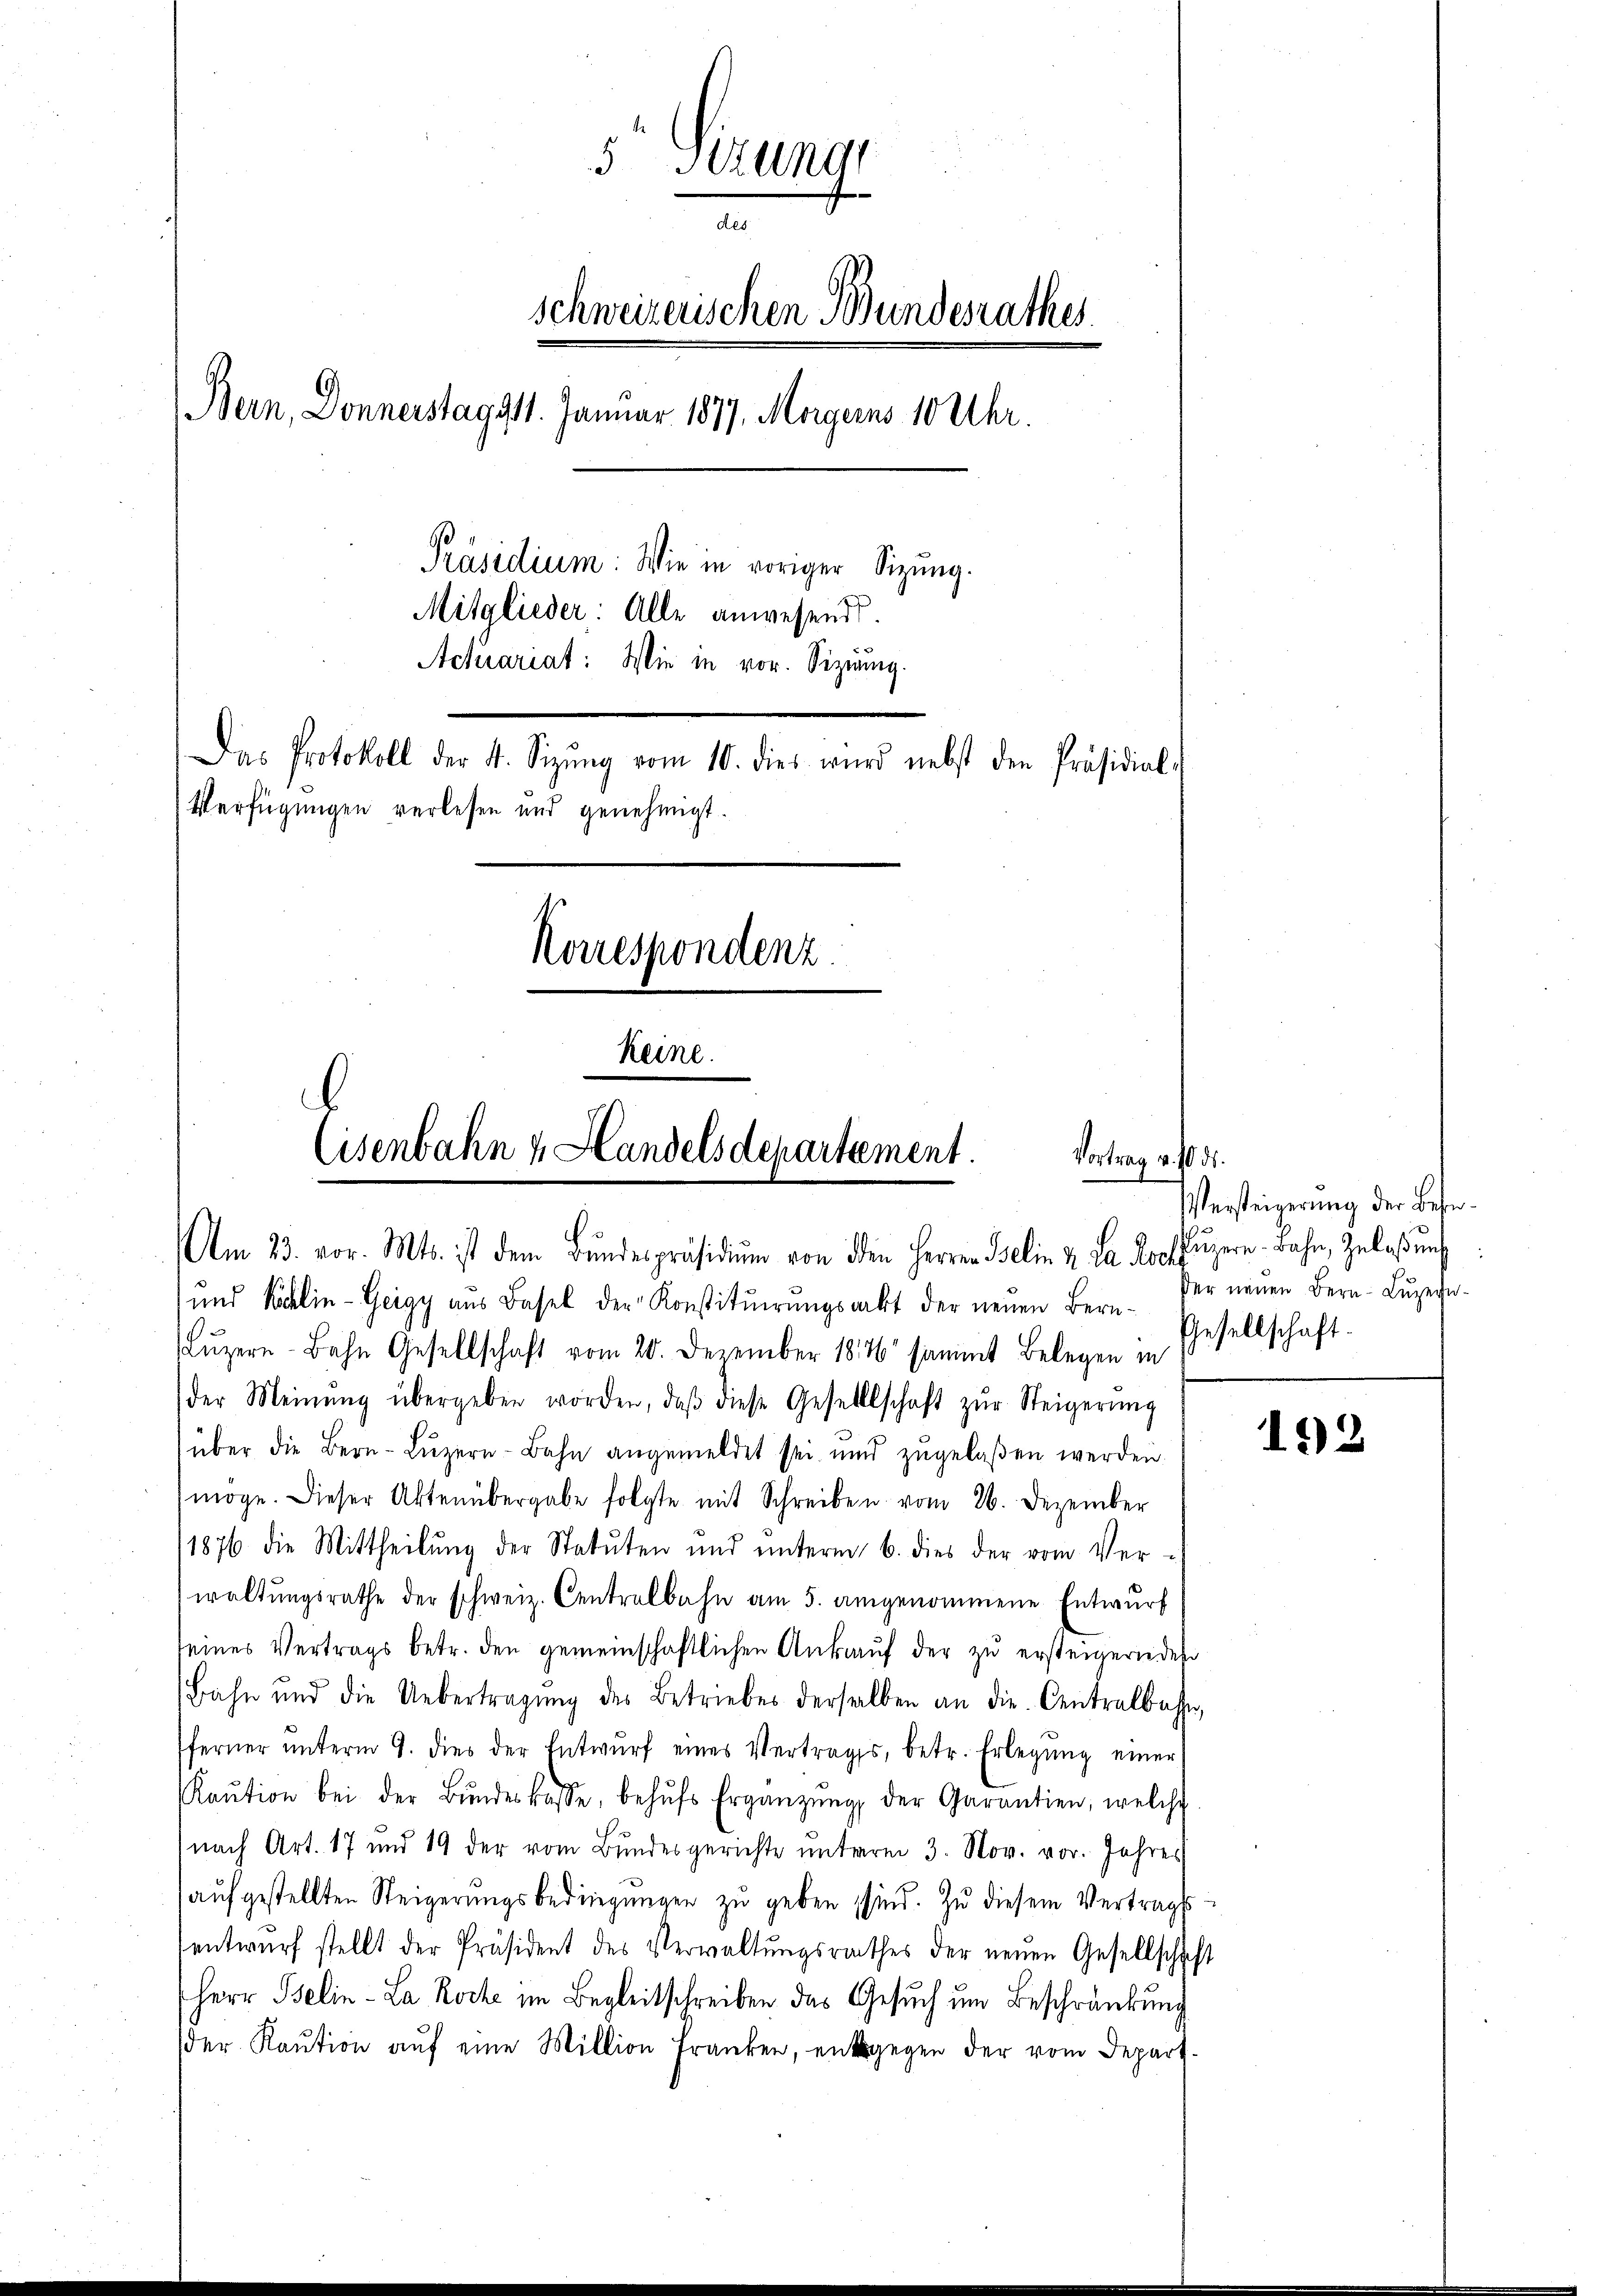
5 Sitzung
des
Schweizerischen Bundesrathes
Bern, Donnerstag 311. Januar 1877. Morgerns 10 Uhr.
Präsidium: Wie in voriger Sitzung.
Mitglieder: Alle anwesend.
Achiariat: Wie in vor. Sizig.
Das Protokoll der 4. Sizŭng vom 10. dies wird nebst den Präsidial-
Verfügungen verlesen und genehmigt.
Korrespondenz.
keine.

Cisenbahn u Handelsdepartement.
Vortrag v. 10. ds.
Am 23. vor. Mts. ist dem Bundespräsidium von den Herren Belin 2. La Rochuzern Bahn, Zulaßung

und Kalin-Geigy aus Basel der Konstituirungsakt der neuen Bern-
Lŭzern-Bahn Gesellschaft vom 20. Dezember 1846 sammt Belegen in
der Meinŭng übergeben worden, daβ diese Gesellschaft zŭr Steigerŭng
über die Bern-Lŭzern-Bahn angemeldet sei und zugelaßen werden.
möge. Dieser Aktenübergabe folgte mit Schreiben vom 26. Dezember
1876 die Mittheilŭng der Statuten und ŭnterm 6. dies der vom Ver-
waltungsrathe der schweiz. Centralbahn am 5. angenommene Entwurf
seines Vertrags betr. den gemeinschaftlichen Ankauf der zu ersteigern des
Bahn und die Uebertragŭng des Betriebes derselben an die Centralbahn,
ferner ŭnterm 9. dies der Entwŭrf eines Vertrages, betr. Erlegŭng einer
Kaŭtion bei der Bŭndeskasse, behŭfs Ergänzŭng der Garantien, welche
nach Art. 17 und 19 der vom Bundesgerichte ŭnterm 3. Nov. vor. Jahres
aufgestellten Steigerungsbedingungen zu geben sind. Zu diesem Vertrages
entwŭrf stellt der Präsident des Verwaltŭngsrathes der neuen Gesellschaft
Herr Belin-La Roche im Begleitschreiben das Gesuch um Beschränkung
der Kaŭtion aŭf eine Million franken, entgegen der vom Depart.

Versteigerung der Besider neuen Bern Luzern¬
Gesellschaft.

192